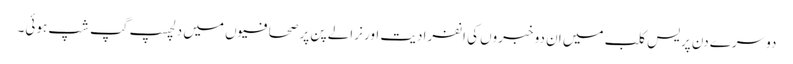
دوسرے دن پریس کلب میں ان دو خبروں کی انفرادیت اور نرالے پن پر صحافیوں میں دلچسپ گپ شپ ہوئی۔